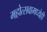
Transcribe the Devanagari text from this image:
महोत्सवामध्येही